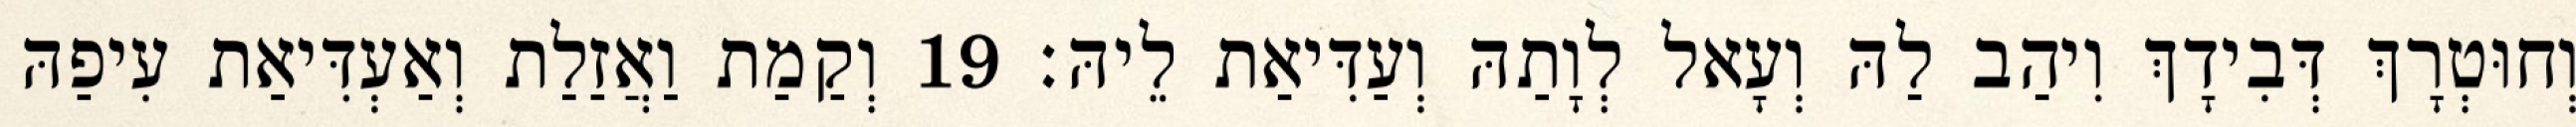
וְחוּטְרָךְ דְּבִידָךְ וִיהַב לַהּ וְעָאל לְוָתַהּ וְעַדִּיאַת לֵיהּ׃ 19 וְקַמַת וַאֲזַלַת וְאַעְדִּיאַת עִיפַהּ